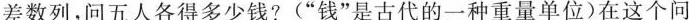
差数列，问五人各得多少钱?(”钱”是古代的一种重量单位)在这个问